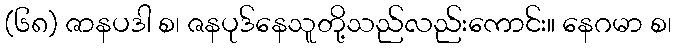
(၆၈) ဇာနပဒါ စ၊ ဇနပုဒ်နေသူတို့သည်လည်းကောင်း။ နေဂမာ စ၊